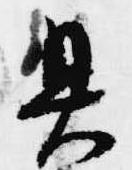
具